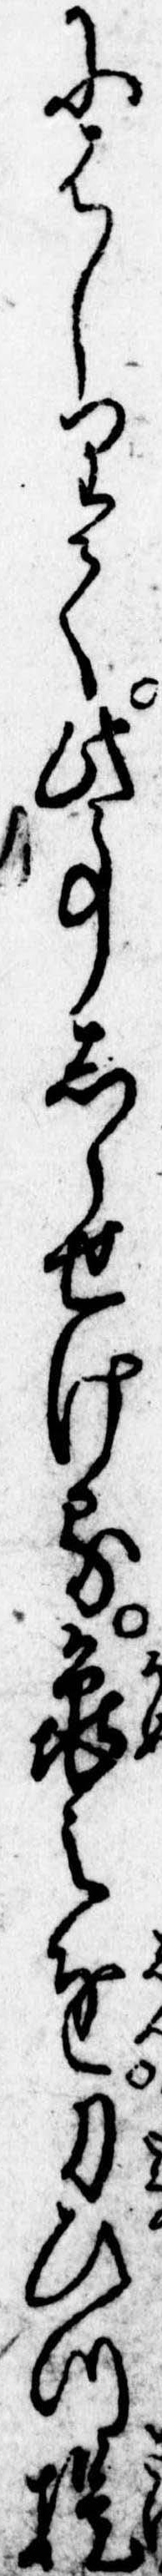
にはしりて此事しらせける亀之進刀ひつ提